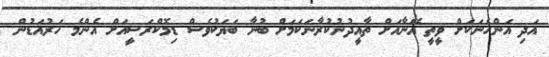
އަދި އަންހެނަކަށް ވީތީ އޭނާއަށް ތާއީދުނުކުރާނަކަމަށް ބުނާ ބަޔަކުވެސް ޑިމޮކްރަސީއަށް އެންމެ ހަރުއަޑުން